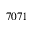
7 0 7 1